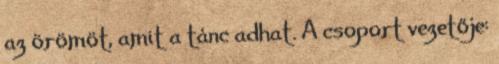
az örömöt, amit a tánc adhat. A csoport vezetője: